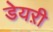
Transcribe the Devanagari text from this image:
डेयऱी